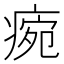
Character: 𤷧